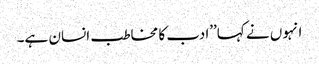
انہوں نے کہا’’ادب کا مخاطب انسان ہے۔